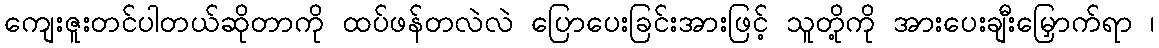
ကျေးဇူးတင်ပါတယ်ဆိုတာကို ထပ်ဖန်တလဲလဲ ပြောပေးခြင်းအားဖြင့် သူတို့ကို အားပေးချီးမြှောက်ရာ ၊